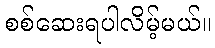
စစ်ဆေးရပါလိမ့်မယ်။